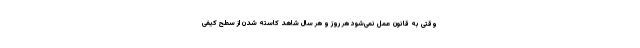
وقتی به قانون عمل نمی‌شود هر روز و هر سال شاهد کاسته شدن از سطح کیفی